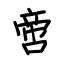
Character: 啻